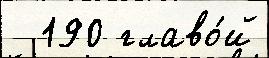
  190 главо́й